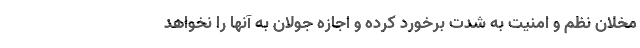
مخلان نظم و امنیت به شدت برخورد کرده و اجازه جولان به آنها را نخواهد